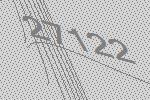
27122